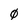
Character: 0